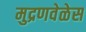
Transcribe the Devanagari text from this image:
मुद्रणवेळेस